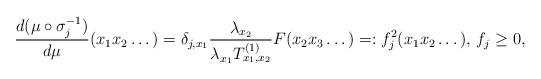
LaTeX: \begin{align*}\frac{d(\mu\circ\sigma_j^{-1})}{d\mu}(x_1x_2\dots)=\delta_{j,x_1}\frac{\lambda_{x_2}}{\lambda_{x_1}T_{x_1,x_2}^{(1)}}F(x_2x_3\dots)=:f_j^2(x_1x_2\dots),\, f_j\geq 0,\end{align*}